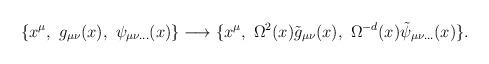
LaTeX: \begin{align*}\{ x^{\mu}, ~g_{\mu \nu}(x), ~\psi_{\mu \nu ...}(x)\} \longrightarrow\{ x^{\mu}, ~\Omega ^{2}(x)\tilde{g}_{\mu \nu}(x), ~\Omega ^{-d}(x)\tilde{\psi}_{\mu \nu ...}(x)\}.\end{align*}